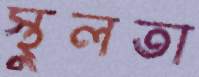
স্থুলতা